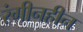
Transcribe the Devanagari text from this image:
रंगीनहीन